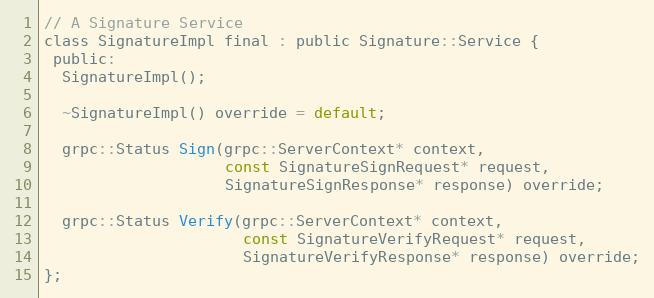
Language: C
// A Signature Service
class SignatureImpl final : public Signature::Service {
 public:
  SignatureImpl();

  ~SignatureImpl() override = default;

  grpc::Status Sign(grpc::ServerContext* context,
                    const SignatureSignRequest* request,
                    SignatureSignResponse* response) override;

  grpc::Status Verify(grpc::ServerContext* context,
                      const SignatureVerifyRequest* request,
                      SignatureVerifyResponse* response) override;
};